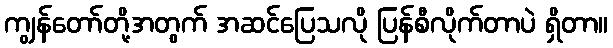
ကျွန်တော်တို့အတွက် အဆင်ပြေသလို ပြန်စီလိုက်တာပဲ ရှိတာ။